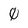
Character: 0